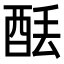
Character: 𫟮